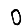
Digit: 0